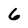
Character: 6